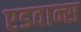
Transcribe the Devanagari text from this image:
एडवान्स